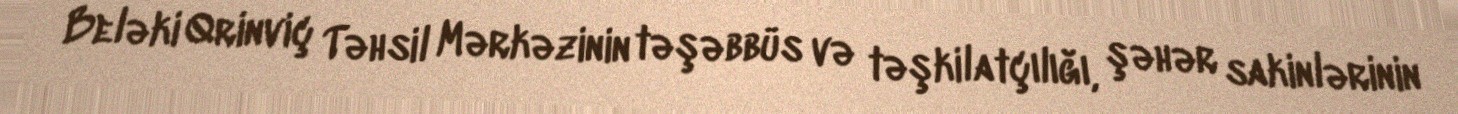
Beləki Qrinviç Təhsil Mərkəzinin təşəbbüs və təşkilatçılığı, şəhər sakinlərinin